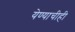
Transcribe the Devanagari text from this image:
येण्याचीही